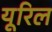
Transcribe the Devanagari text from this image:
यूरिल